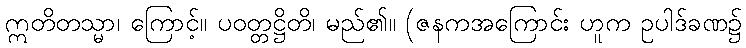
ဣတိတသ္မာ၊ ကြောင့်။ ပဝတ္တဋ္ဌိတိ၊ မည်၏။ (ဇနကအကြောင်း ဟူက ဥပါဒ်ခဏ၌